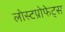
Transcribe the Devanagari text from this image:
लोस्टप्रोफेट्स